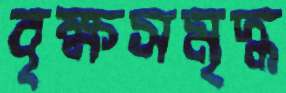
বৃক্ষসমৃদ্ধ